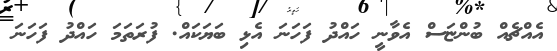
އެއްޗެއް ބުންޏަސް އެވާނީ ހައްދު ފަހަނަ އެޅި ބަޔަކައް. ފުރަތަމަ ހައްދު ފަހަނަ